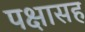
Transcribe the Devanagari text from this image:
पक्षासह